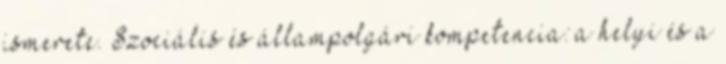
ismerete. Szociális és állampolgári kompetencia: a helyi és a